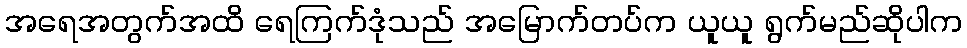
အရေအတွက်အထိ ရေကြက်ဒုံသည် အမြောက်တပ်က ယူယူ ရွက်မည်ဆိုပါက